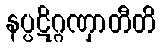
နပ္ပဋိဂ္ဂဏှာတီတိ